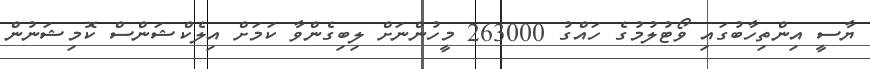
ޔާސީ އިންތިހާބުގައި ވޯޓުލުމުގެ ހައްގު 263000 މީހުންނަށް ލިބިގެންވާ ކަމަށް އިލެކްޝަންސް ކޮމިޝަނުން